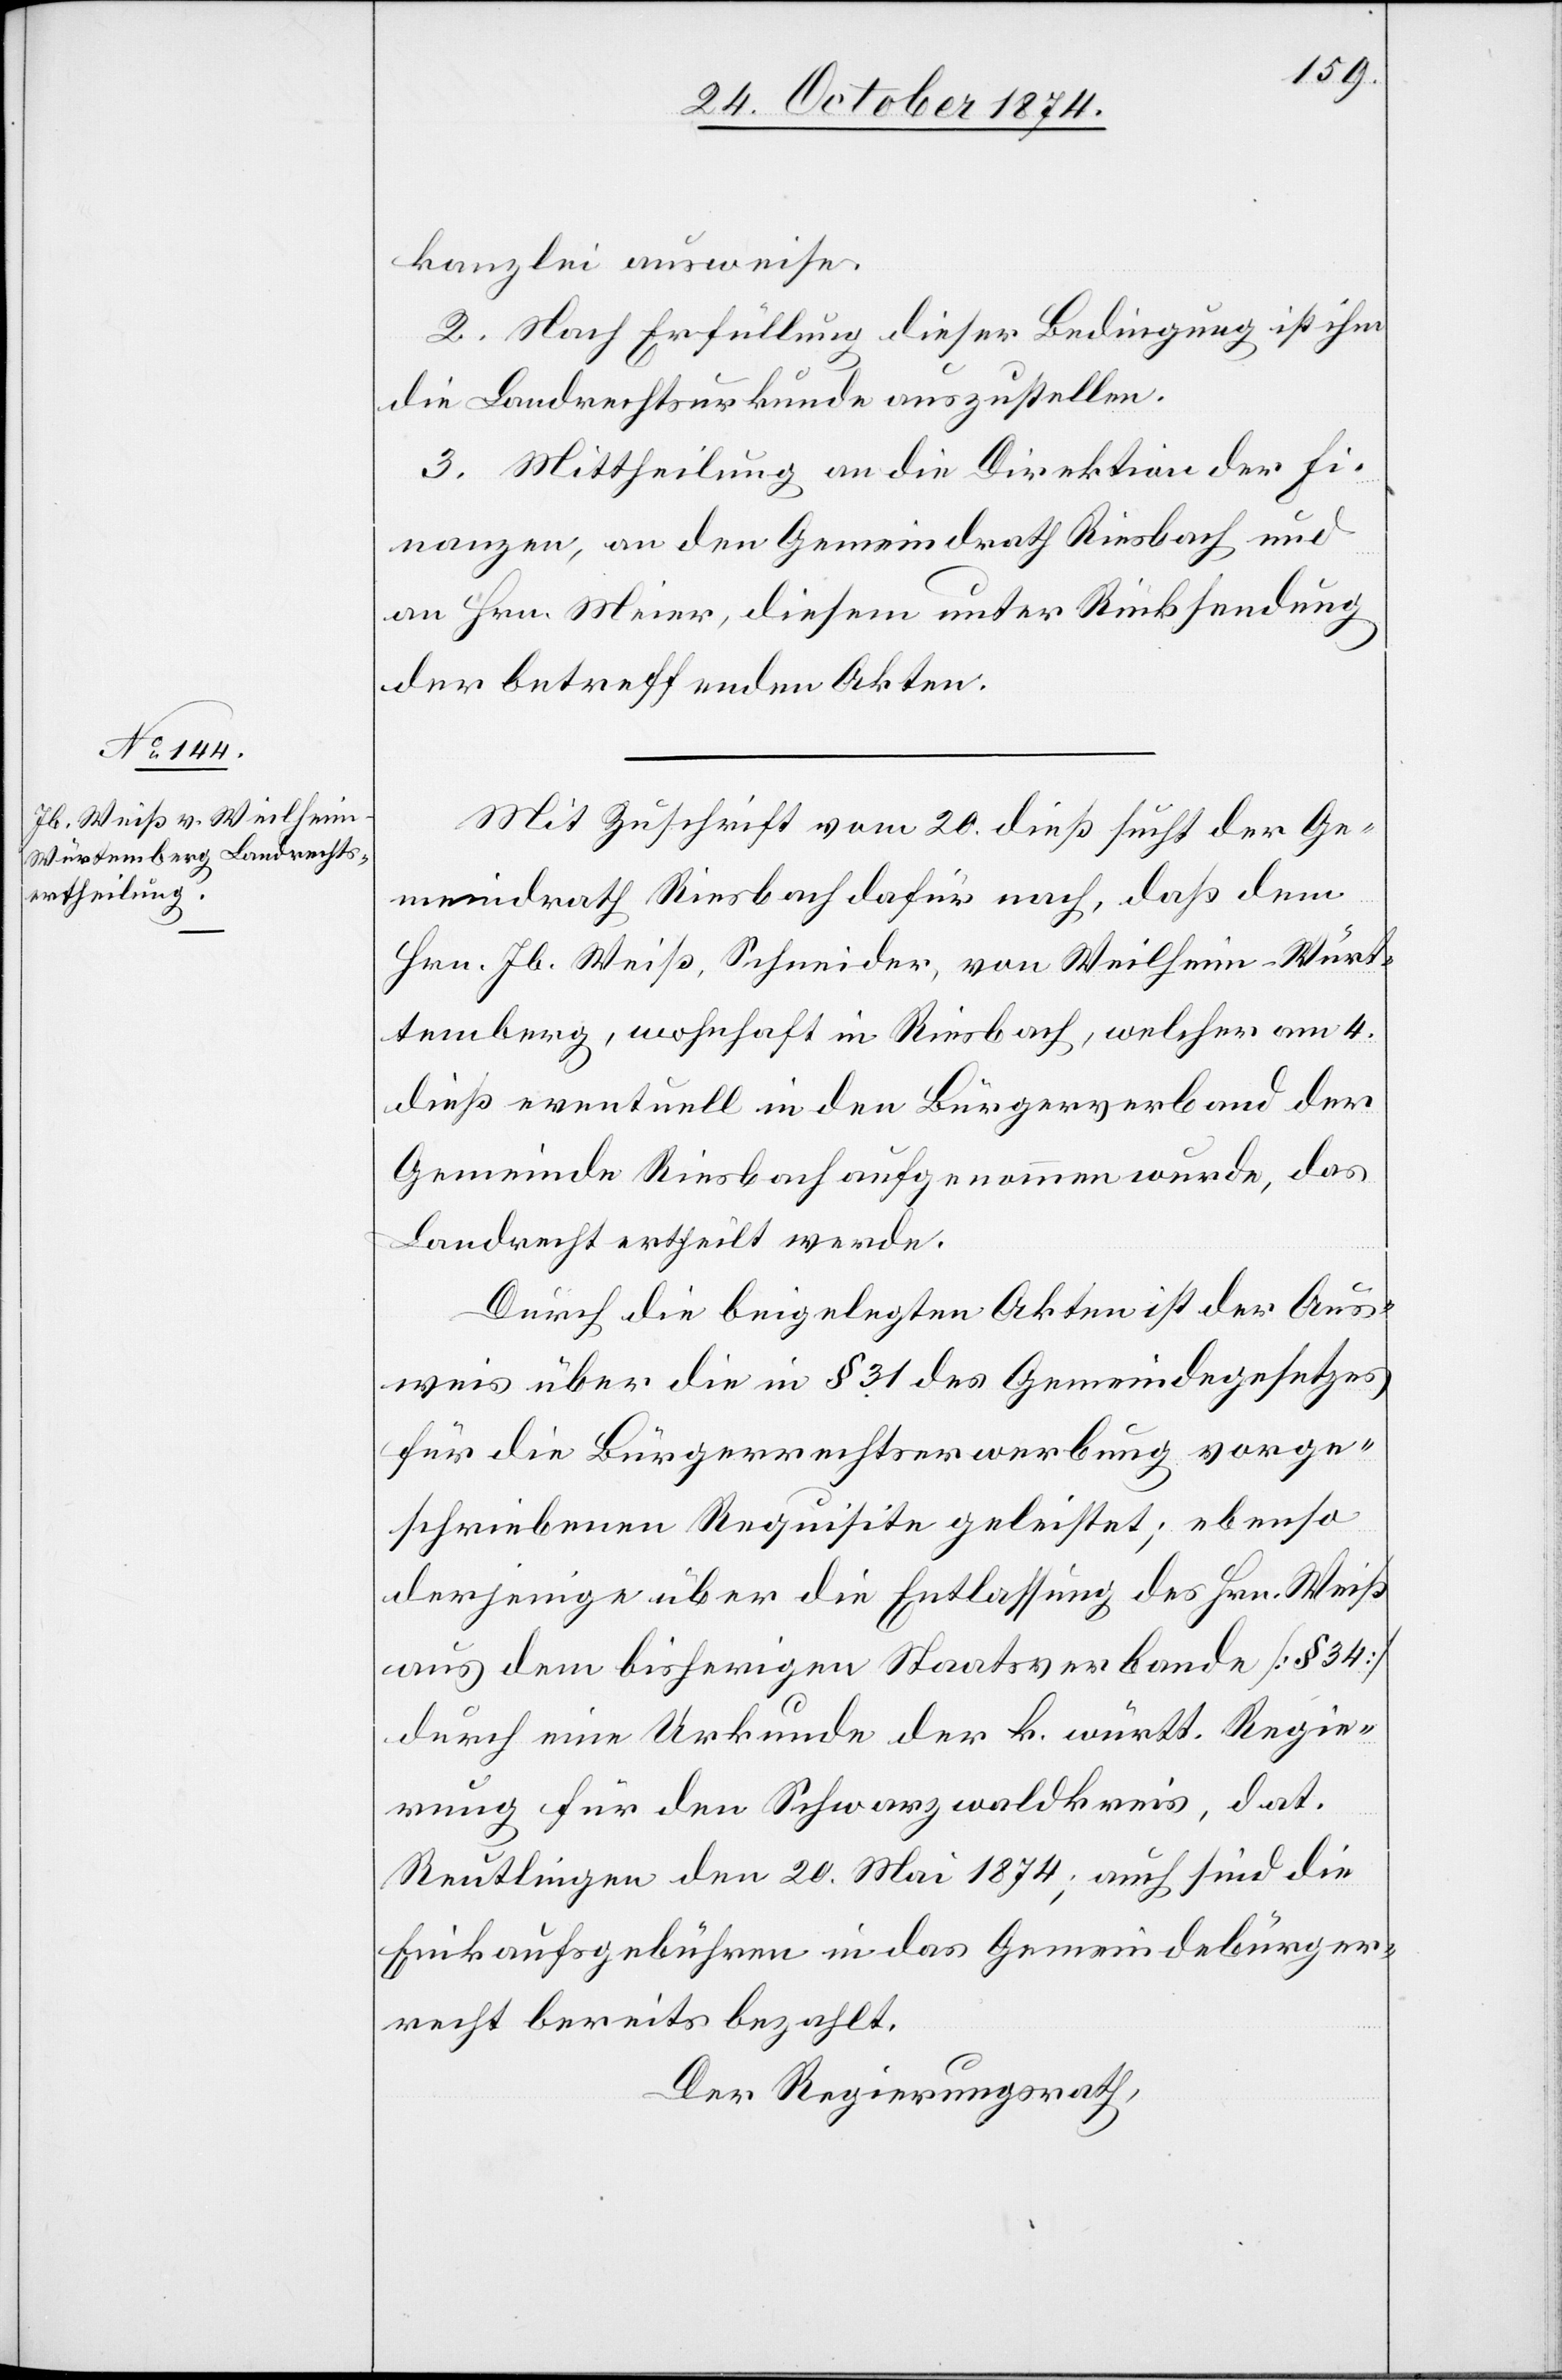
kanzlei ausweise.
2. Nach Erfüllung dieser Bedingung ist ihm
die Landrechtsurkunde auszustellen.
3. Mittheilung an die Direktion der Fi¬
nanzen, an den Gemeindrath Riesbach und
an Hrn. Meier, diesem unter Rücksendung
der betreffenden Akten.
Mit Zuschrift vom 20. dieß sucht der Ge¬
meindrath Riesbach dafür nach, daß dem
Hrn. Jb. Weiß, Schneider, von Weilheim - Würt¬
temberg, wohnhaft in Riesbach, welcher am 4.
dieß eventuell in den Bürgerverband der
Gemeinde Riesbach aufgenommen wurde, das
Landrecht ertheilt werde.
Durch die beigelegten Akten ist der Aus¬
weis über die in § 31 des Gemeindegesetzes
für die Bürgerrechtserwerbung vorge¬
schriebenen Requisite[n] geleistet; ebenso
derjenige über die Entlassung des Hrn. Weiß
aus dem bisherigen Staatsverbande [§ 34]
durch eine Urkunde der k. württ. Regie¬
rung für den Schwarzwaldkreis, dat.
Reutlingen den 20. Mai 1874; auch sind die
Einkaufsgebühren in das Gemeindebürger¬
recht bereits bezahlt.
Der Regierungsrath,